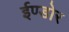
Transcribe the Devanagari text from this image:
ईण्डोर